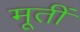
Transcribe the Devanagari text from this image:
मूतीं